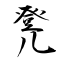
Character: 凳